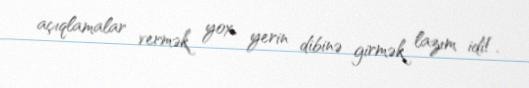
açıqlamalar vermək yox, yerin dibinə girmək lazım idi!.